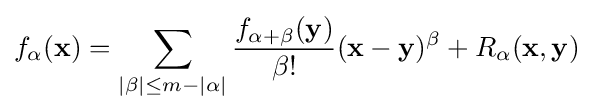
f_{\alpha }({\mathbf {x} })=\sum _{|\beta |\leq m-|\alpha |}{\frac {f_{\alpha +\beta }({\mathbf {y} })}{\beta !}}({\mathbf {x} }-{\mathbf {y} })^{\beta }+R_{\alpha }({\mathbf {x} },{\mathbf {y} })